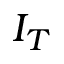
I _ { T }